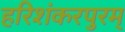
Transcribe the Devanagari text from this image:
हरिशंकरपुरम्